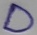
Text: D